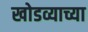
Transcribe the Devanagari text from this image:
खोडव्याच्या